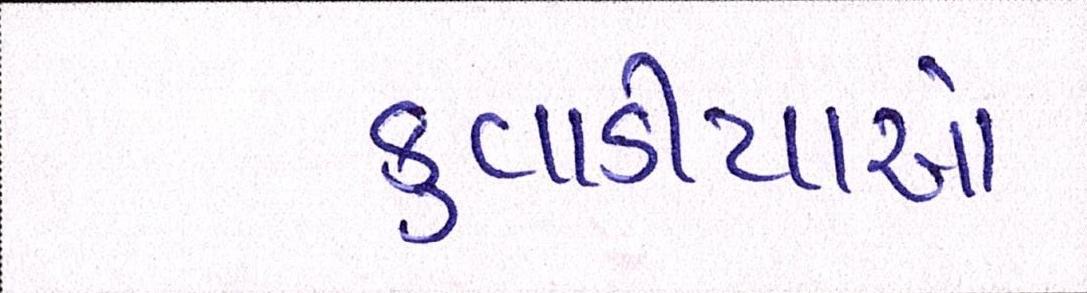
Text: કુવાડીયાઓ